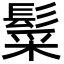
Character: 䰂